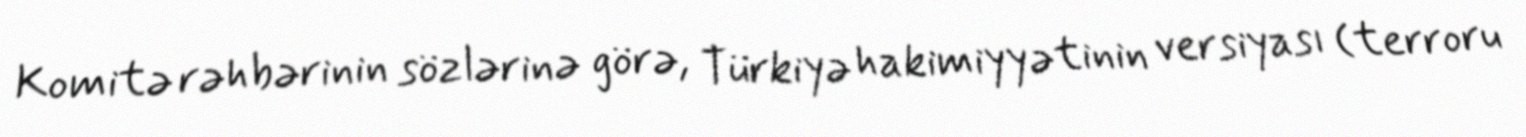
Komitə rəhbərinin sözlərinə görə, Türkiyə hakimiyyətinin versiyası (terroru